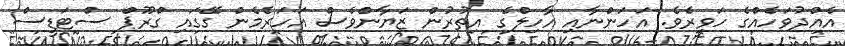
އެއްދުވަހެއްގެ ހަވީރެވެ. އަހަންނާއި އާހިލްގެ އިތުރުން ޒަޔާންވެސް އަހަރެމެން ގޭގައި ގްރޫޕް ސްޓަޑީސް